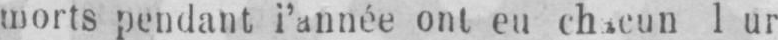
1 ur